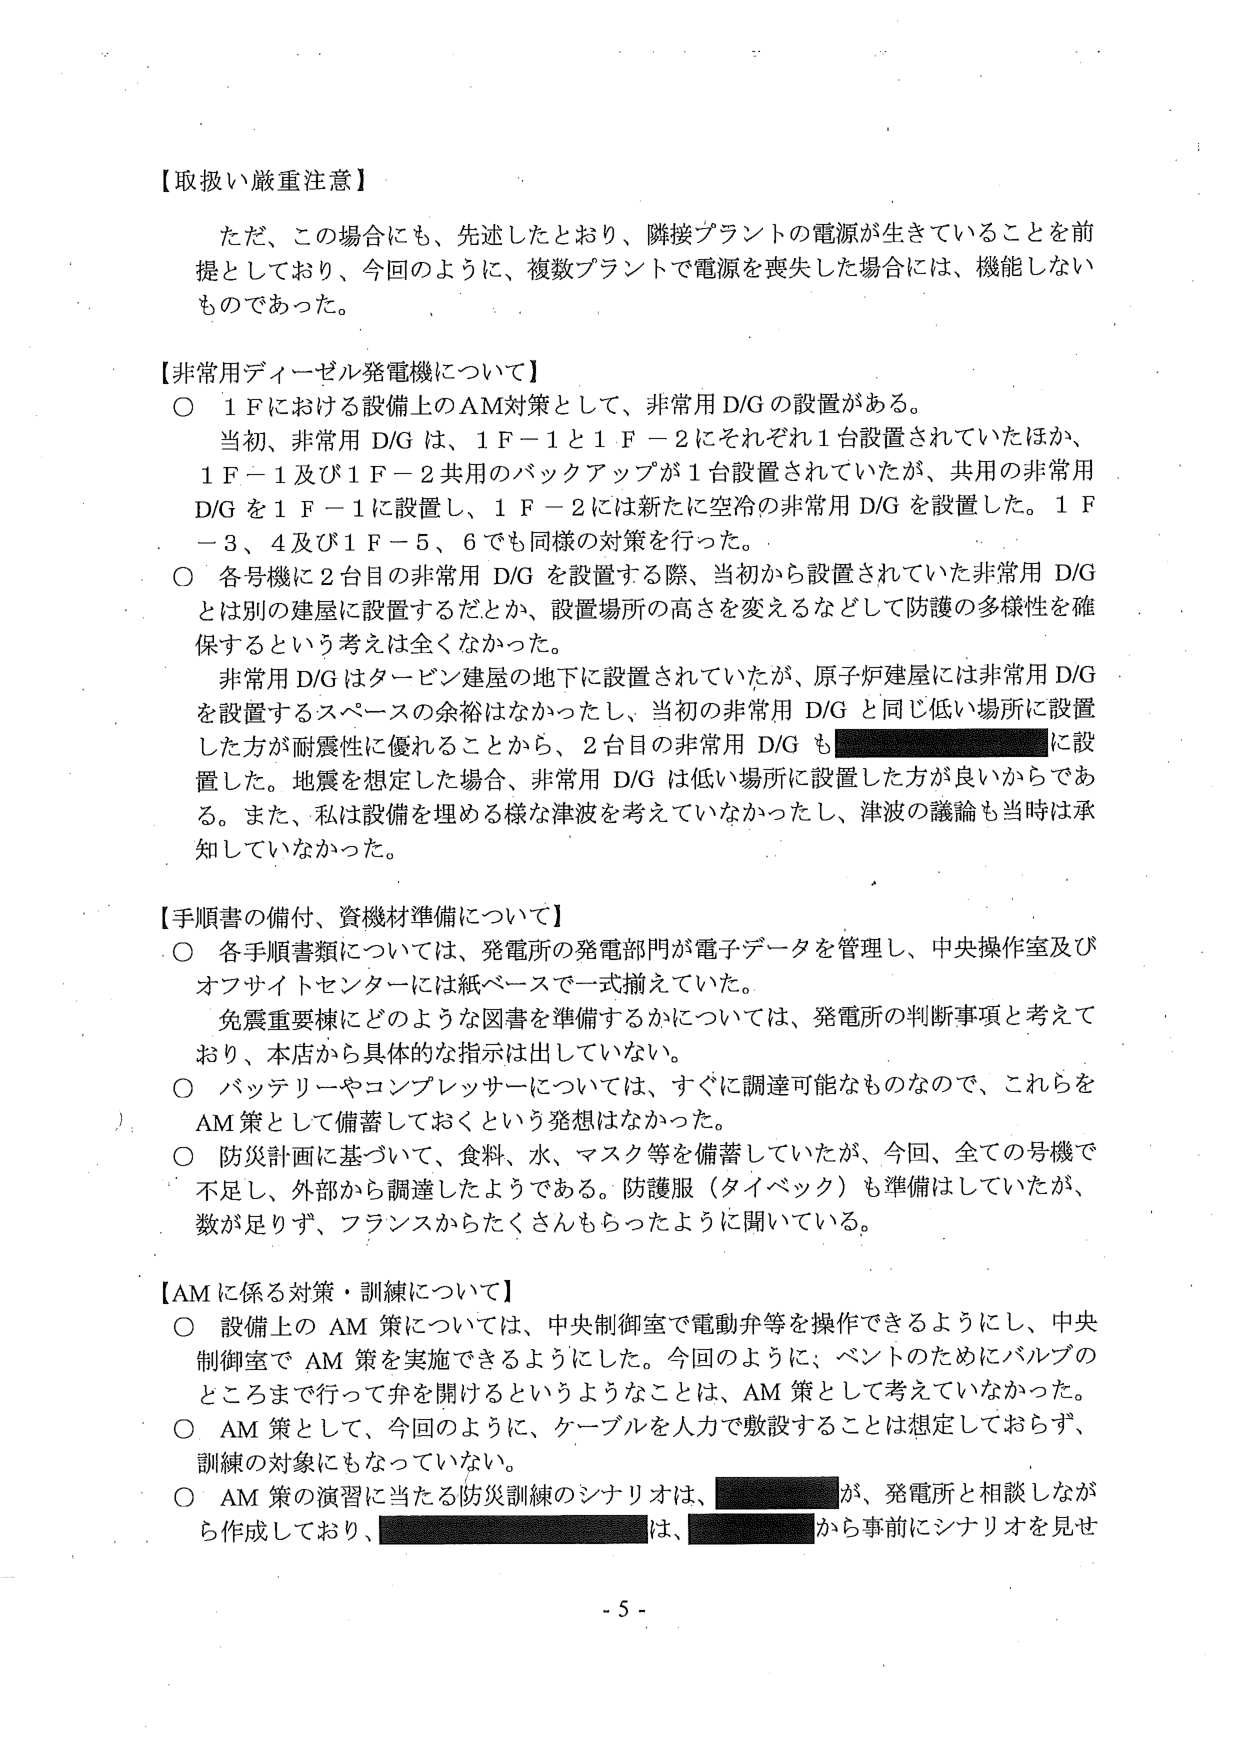
【取扱い厳重注意】
ただ、この場合にも、先述したとおり、隣接プラントの電源が生きていることを前提としており、今回のように、複数プラントで電源を喪失した場合には、機能しないものであった。

【非常用ディーゼル発電機について】
○ 1 Fにおける設備上のAM対策として、非常用D/Gの設置がある。
当初、非常用D/Gは、1 F－1と1 F－2にそれぞれ1台設置されていたほか、1 F－1及び1 F－2共用のバックアップが1台設置されていたが、共用の非常用D/Gを1 F－1に設置し、1 F－2には新たに空冷の非常用D/Gを設置した。1 F－3、4及び1 F－5、6でも同様の対策を行った。
○ 各号機に2台目の非常用D/Gを設置する際、当初から設置されていた非常用D/Gとは別の建屋に設置するだとか、設置場所の高さを変えるなどして防護の多様性を確保するという考えは全くなかった。
非常用D/Gはタービン建屋の地下に設置されていたが、原子炉建屋には非常用D/Gを設置するスペースの余裕はなかったし、当初の非常用D/Gと同じ低い場所に設置した方が耐震性に優れることから、2台目の非常用D/Gも■■■■■■■■■■■■に設置した。地震を想定した場合、非常用D/Gは低い場所に設置した方が良いからである。また、私は設備を埋める様な津波を考えていないかったし、津波の議論も当時は承知していなかった。

【手順書の備付、資機材準備について】
○ 各手順書類については、発電所の発電部門が電子データを管理し、中央操作室及びオフサイトセンターには紙ベースで一式揃えていた。
免震重要棟にどのような図書を準備するかについては、発電所の判断事項と考えており、本店から具体的な指示は出していない。
○ バッテリーやコンプレッサーについては、すぐに調達可能なものなので、これらをAM策として備蓄しておくという発想はなかった。
○ 防災計画に基づいて、食料、水、マスク等を備蓄していたが、今回、全ての号機で不足し、外部から調達したようである。防護服（タイベック）も準備はしていたが、数が足りず、フランスからたくさんもらったように聞いている。

【AMに係る対策・訓練について】
○ 設備上のAM策については、中央制御室で電動弁等を操作できるようにし、中央制御室でAM策を実施できるようにした。今回のように、ベントのためにバルブのところまで行って弁を開けるというようなことは、AM策として考えていなかった。
○ AM策として、今回のように、ケーブルを人力で敷設することは想定しておらず、訓練の対象にもなっていない。
○ AM策の演習に当たる防災訓練のシナリオは、■■■■■■■■■■■■が、発電所と相談しながら作成しており、■■■■■■■■■■■■は、■■■■■■■■■■■■から事前にシナリオを見せ

- 5 -